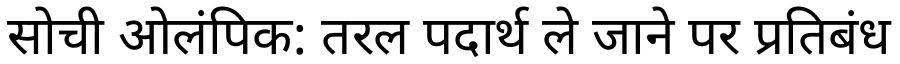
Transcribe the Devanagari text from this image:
सोची ओलंपिक: तरल पदार्थ ले जाने पर प्रतिबंध